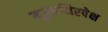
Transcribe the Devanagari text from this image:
मूल्यनिरपेक्ष